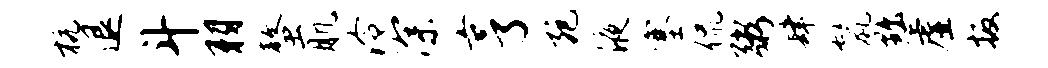
杭退斗羽螯肌泠深亨宛液塞侃粥肆鬣黜虚扳